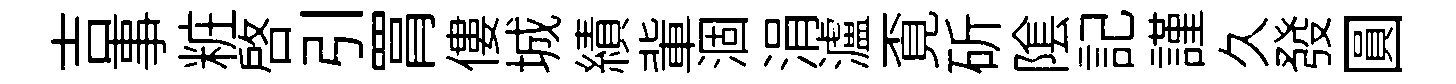
吉事粧啓引罥僂城績軰涸涓瀘覔斫隂記謹久發圓